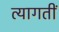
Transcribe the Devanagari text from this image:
त्यागतीं